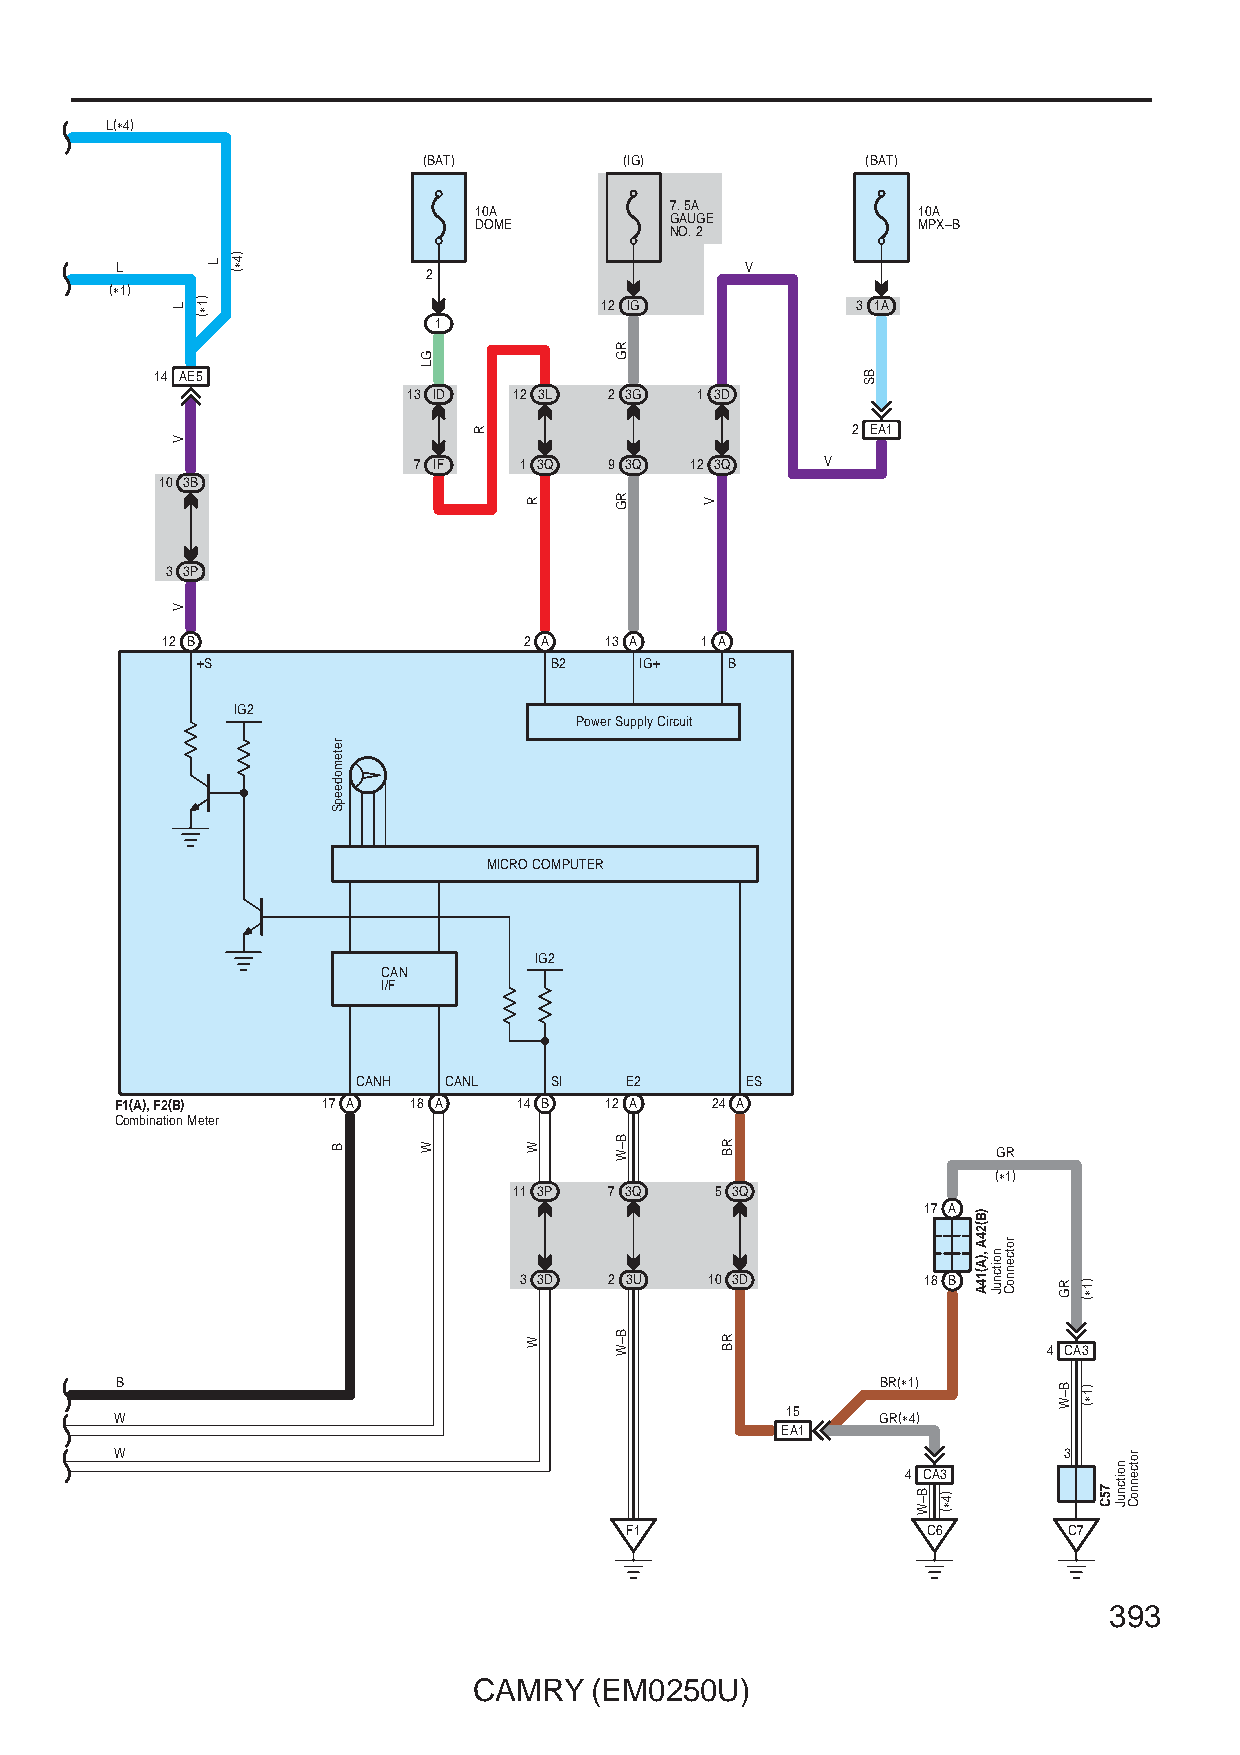
L(∗4)
 (BAT)        (IG)            (BAT)
 10A          7. 5A            10A
 DOME         GAUGE            MPX–B
 NO. 2
 L                                        V
 2
 (∗1)
 12 IG            3 1A
 1
 14 AE5
 13 ID  12 3L 2 3G  1 3D
 2 EA1
 7 IF   1 3Q  9 3Q  12 3Q    V
 10 3B
 3 3P
 12 B                    2 A  13 A  1 A
 +S                     B2    IG+   B
 IG2
 Power Supply Circuit
 MICRO COMPUTER
 IG2
 CAN
 I/F
 CANH CANL   SI   E2      ES
 F1(A), F2(B) 17 A  18 A   14 B  12 A   24 A
 Combination Meter
 GR
 (∗1)
 11 3P 7 3Q   5 3Q
 17 A
 3 3D  2 3U   10 3D         18 B
 4 CA3
 B                                                 BR(∗1)
 W                                           15    GR(∗4)
 EA1
 W                                                             3
 4 CA3
 F1                  C6        C7
 393
 CAMRY   (EM0250U)
 L
 V
 V
 )1∗(
 L
 )4∗(
 retemodeepS
 B
 GL
 W
 R
 R
 W
 W
 RG
 RG
 B–W
 B–W
 V
 RB
 RB
 BS
 B–W )4∗(
 )B(24A
 ,)A(14A noitcnuJ
 rotcennoC
 RG
 B–W
 )1∗(
 )1∗(
 75C
 noitcnuJ
 rotcennoC